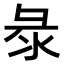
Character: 𢑗